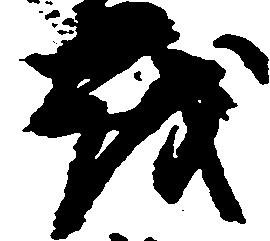
を